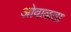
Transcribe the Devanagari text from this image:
ओवाळता